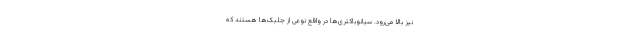
نیز بالا می‌رود. سیانوباکتری‌ها در واقع نوعی از جلبک‌ها هستند که